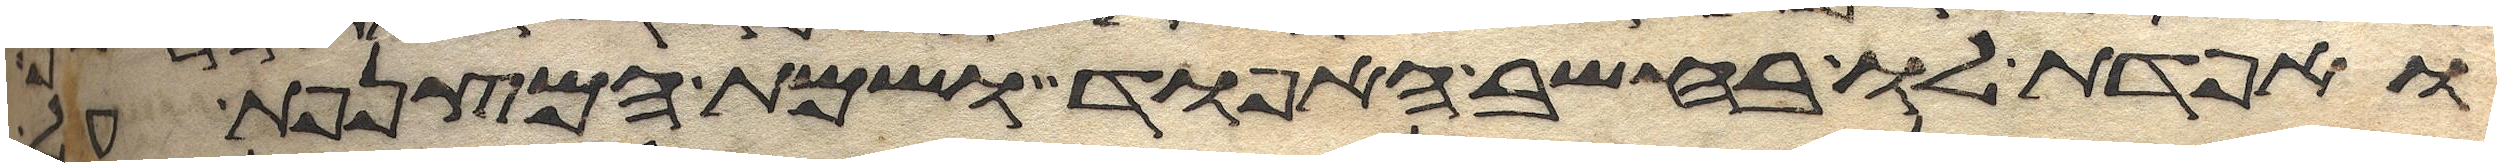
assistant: ואפדת לו בחשב האפוד ושמת המצנפת על